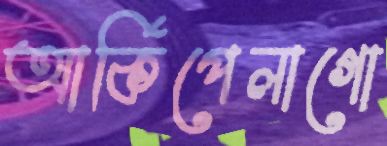
আর্কিপেলাগো